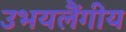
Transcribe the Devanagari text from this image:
उभयलैंगीय